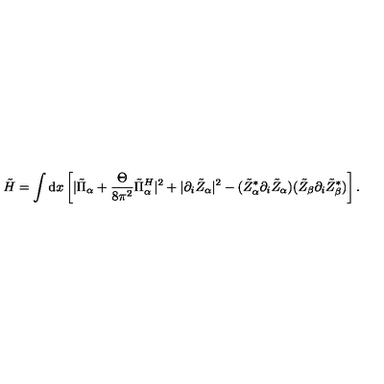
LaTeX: \tilde { H } = \int \mathrm { d } x \left[ | \tilde { \Pi } _ { \alpha } + \frac { \Theta } { 8 \pi ^ { 2 } } \tilde { \Pi } _ { \alpha } ^ { H } | ^ { 2 } + | \partial _ { i } \tilde { Z } _ { \alpha } | ^ { 2 } - ( \tilde { Z } _ { \alpha } ^ { * } \partial _ { i } \tilde { Z } _ { \alpha } ) ( \tilde { Z } _ { \beta } \partial _ { i } \tilde { Z } _ { \beta } ^ { * } ) \right] .